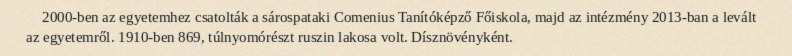
2000-ben az egyetemhez csatolták a sárospataki Comenius Tanítóképző Főiskola, majd az intézmény 2013-ban a levált az egyetemről. 1910-ben 869, túlnyomórészt ruszin lakosa volt. Dísznövényként.